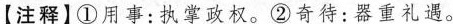
【注释】①用事：执掌政权。②奇待：器重礼遇。